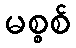
မစ္စစ်